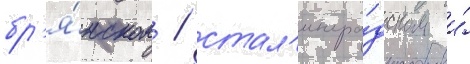
бр'я́нском / стал'ингра́дском и́